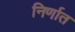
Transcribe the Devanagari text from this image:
निर्णात